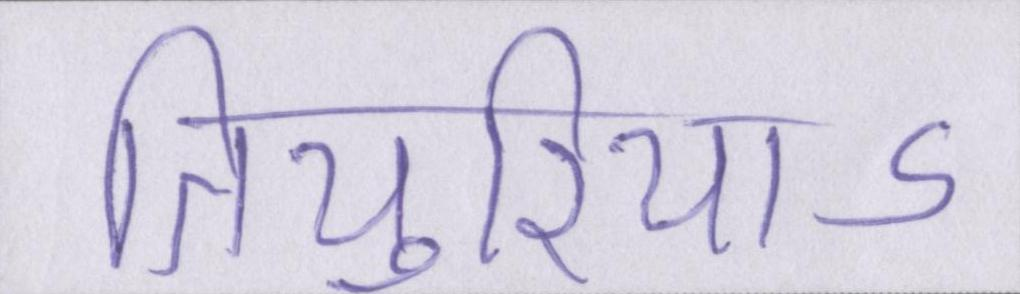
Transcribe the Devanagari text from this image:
तियुरियाऽ